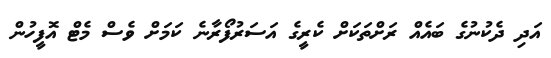
އަދި ދެކުނުގެ ބައެއް ރަށްތަކަށް ކެރީގެ އަސަރުފޯރާނެ ކަމަށް ވެސް މެޓް އޮފީހުން